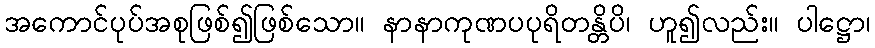
အကောင်ပုပ်အစုဖြစ်၍ဖြစ်သော။ နာနာကုဏပပုရိတန္တိပိ၊ ဟူ၍လည်း။ ပါဋ္ဌော၊